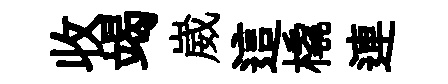
收竭崴這橇連